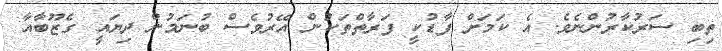
ތިބި ސަރުކާރުންނެވެ. އެ ކަމަށް ފާޑުކީ ފަރާތްތަކުން އޭރުވެސް ބުނަމުން ދިޔައީ ގެޒޫބާއާ